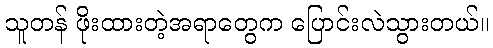
သူတန် ဖိုးထားတဲ့အရာတွေက ပြောင်းလဲသွားတယ်။